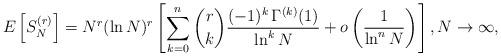
LaTeX: \begin{align*}E\left[S_N^{(r)}\right] = N^r (\ln N)^r \left[\sum_{k=0}^n \binom{r}{k} \frac{(-1)^k \, \Gamma^{(k)}(1)}{\ln^k N}+ o\left(\frac{1}{\ln^n N}\right)\right],N \to \infty,\end{align*}